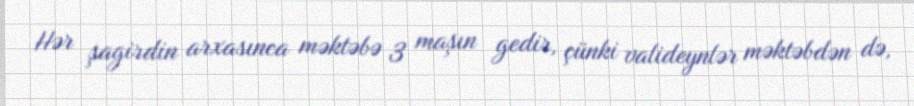
Hər şagirdin arxasınca məktəbə 3 maşın gedir, çünki valideynlər məktəbdən də,